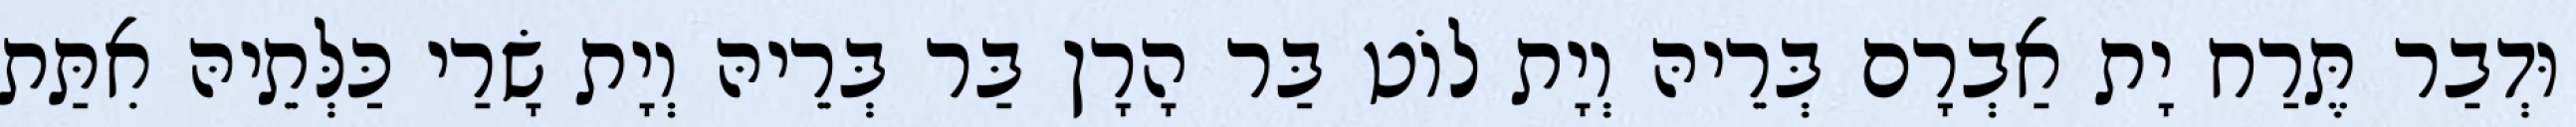
וּדְבַר תֶּרַח יָת אַבְרָם בְּרֵיהּ וְיָת לוֹט בַּר הָרָן בַּר בְּרֵיהּ וְיָת שָׂרַי כַּלְּתֵיהּ אִתַּת